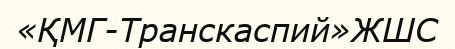
«ҚМГ-Транскаспий»ЖШС